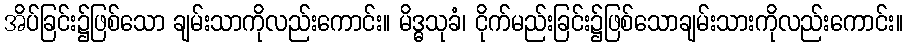
အိပ်ခြင်း၌ဖြစ်သော ချမ်းသာကိုလည်းကောင်း။ မိဒ္ဓသုခံ၊ ငိုက်မည်းခြင်း၌ဖြစ်သောချမ်းသားကိုလည်းကောင်း။